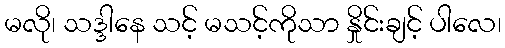
မလို၊ သဒ္ဒါနေ သင့် မသင့်ကိုသာ နှိုင်းချင့် ပါလေ၊